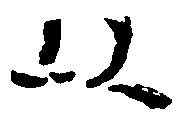
以